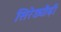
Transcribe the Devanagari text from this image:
सिरेड्यौढ़ी